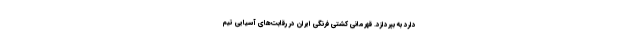
دارد به بپردازد. قهرمانی کشتی فرنگی ایران در رقابت‌های آسیایی تیم